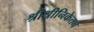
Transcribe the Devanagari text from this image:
श्रीश्रीनिकेतन